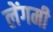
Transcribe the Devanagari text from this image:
लेंगमी